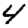
Digit: 4